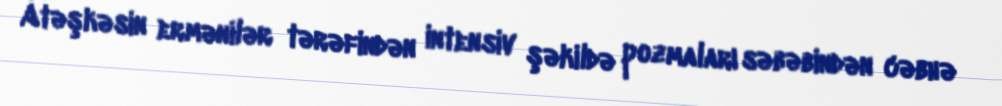
Atəşkəsin ermənilər tərəfindən intensiv şəkildə pozmaları səbəbindən cəbhə